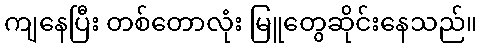
ကျနေပြီး တစ်တောလုံး မြူတွေဆိုင်းနေသည်။